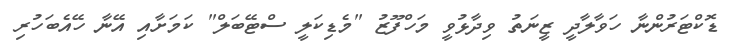
ޑޮކްޓަރުންނާ ހަވާލާދީ ޒީނަތު ވިދާޅުވީ މަހްފޫޒު "މެޑިކަލީ ސްޓޭބަލް" ކަމަށާއި އޭނާ ހޭއެބަހުރި